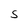
Character: S